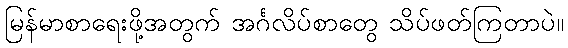
မြန်မာစာရေးဖို့အတွက် အင်္ဂလိပ်စာတွေ သိပ်ဖတ်ကြတာပဲ။